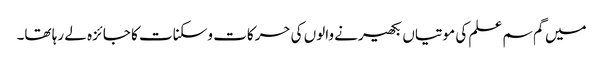
میں گم سم علم کی موتیاں بکھیرنے والوں کی حرکات وسکنات کا جائزہ لے رہا تھا۔